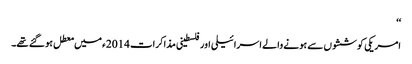
‘‘
امریکی کوششوں سے ہونے والے اسرائیلی اور فلسطینی مذاکرات 2014ء میں معطل ہو گئے تھے۔